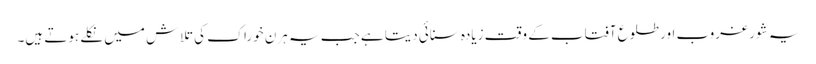
یہ شور غروب اور طلوع آفتاب کے وقت زیادہ سنائی دیتا ہے جب یہ ہرن خوراک کی تلاش میں نکلے ہوتے ہیں۔